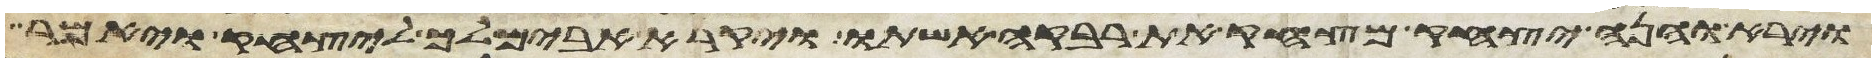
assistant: וירא והנה יצחק מצחק את רבקה אשתו ויקרא אבימלך ליצחק ויאמר